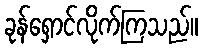
ခုန်ရှောင်လိုက်ကြသည်။